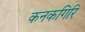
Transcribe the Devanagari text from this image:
कनकगिरि